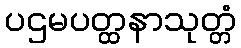
ပဌမပတ္ထနာသုတ္တံ